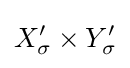
X_{\sigma }^{\prime }\times Y_{\sigma }^{\prime }